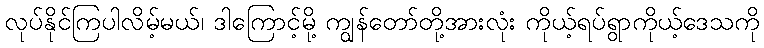
လုပ်နိုင်ကြပါလိမ့်မယ်၊ ဒါကြောင့်မို့ ကျွန်တော်တို့အားလုံး ကိုယ့်ရပ်ရွာကိုယ့်ဒေသကို